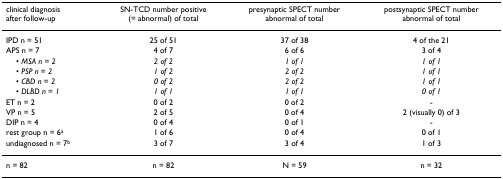
<table><thead><tr><td><b>clinical diagnosisafter follow-up</b></td><td><b>SN-TCD number positive(= abnormal) of total</b></td><td><b>presynaptic SPECT numberabnormal of total</b></td><td><b>postsynaptic SPECT numberabnormal of total</b></td></tr></thead><tbody><tr><td>IPD n = 51</td><td>25 of 51</td><td>37 of 38</td><td>4 of the 21</td></tr><tr><td>APS n = 7</td><td>4 of 7</td><td>6 of 6</td><td>3 of 4</td></tr><tr><td> • <i>MSA n </i>= <i>2</i></td><td><i>2 of 2</i></td><td><i>1 of 1</i></td><td><i>1 of 1</i></td></tr><tr><td> • <i>PSP n </i>= <i>2</i></td><td><i>1 of 2</i></td><td><i>2 of 2</i></td><td><i>1 of 1</i></td></tr><tr><td> • <i>CBD n </i>= <i>2</i></td><td><i>0 of 2</i></td><td><i>2 of 2</i></td><td><i>1 of 1</i></td></tr><tr><td> • <i>DLBD n </i>= <i>1</i></td><td><i>1 of 1</i></td><td><i>1 of 1</i></td><td><i>0 of 1</i></td></tr><tr><td>ET n = 2</td><td>0 of 2</td><td>0 of 2</td><td>-</td></tr><tr><td>VP n = 5</td><td>2 of 5</td><td>0 of 4</td><td>2 (visually 0) of 3</td></tr><tr><td>DIP n = 4</td><td>0 of 4</td><td>0 of 1</td><td>-</td></tr><tr><td>rest group n = 6<sup>a</sup></td><td>1 of 6</td><td>0 of 4</td><td>0 of 1</td></tr><tr><td>undiagnosed n = 7<sup>b</sup></td><td>3 of 7</td><td>3 of 4</td><td>1 of 3</td></tr><tr><td>n = 82</td><td>n = 82</td><td>N = 59</td><td>n = 32</td></tr></tbody></table>